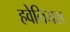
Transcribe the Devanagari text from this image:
हवेलियस